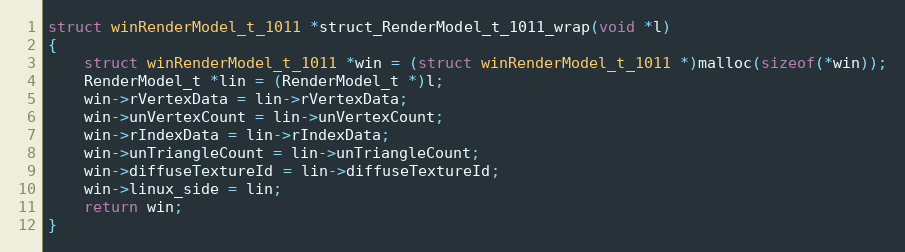
Language: C++
struct winRenderModel_t_1011 *struct_RenderModel_t_1011_wrap(void *l)
{
    struct winRenderModel_t_1011 *win = (struct winRenderModel_t_1011 *)malloc(sizeof(*win));
    RenderModel_t *lin = (RenderModel_t *)l;
    win->rVertexData = lin->rVertexData;
    win->unVertexCount = lin->unVertexCount;
    win->rIndexData = lin->rIndexData;
    win->unTriangleCount = lin->unTriangleCount;
    win->diffuseTextureId = lin->diffuseTextureId;
    win->linux_side = lin;
    return win;
}